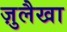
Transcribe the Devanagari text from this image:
ज़ुलैखा